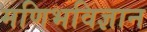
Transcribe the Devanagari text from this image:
मणिभविज्ञान